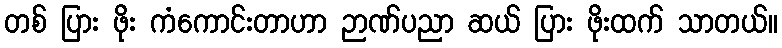
တစ် ပြား ဖိုး ကံကောင်းတာဟာ ဉာဏ်ပညာ ဆယ် ပြား ဖိုးထက် သာတယ်။